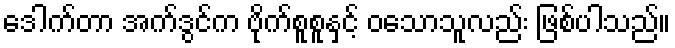
ဒေါက်တာ အက်ဒွင်က ဗိုက်စူစူနှင့် ဝသောသူလည်း ဖြစ်ပါသည်။